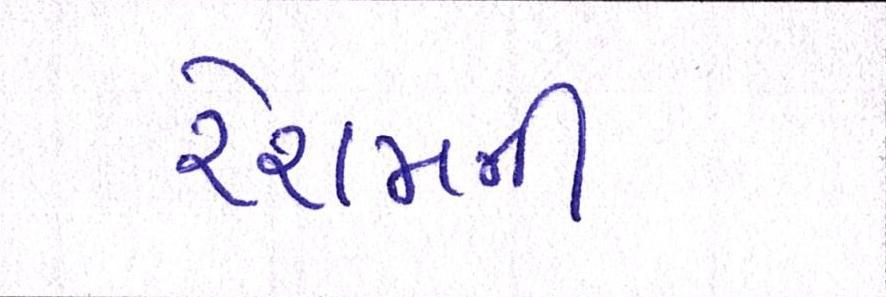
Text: રેશમની